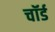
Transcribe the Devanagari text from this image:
चॉर्ड